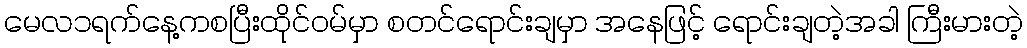
မေလ၁ရက်နေ့ကစပြီးထိုင်ဝမ်မှာ စတင်ရောင်းချမှာ အနေဖြင့် ရောင်းချတဲ့အခါ ကြီးမားတဲ့